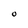
Character: O